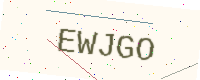
Text: EWJGO